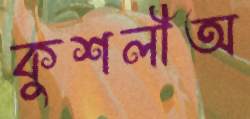
কুশলীঅ